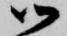
御